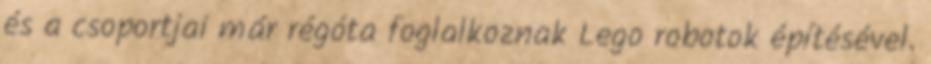
és a csoportjai már régóta foglalkoznak Lego robotok építésével.